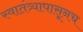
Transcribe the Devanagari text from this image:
स्वातंत्र्यापासूनच